Rangoon Lunatic Asylum 1878-1892 - 1878-1892
Year: 1878
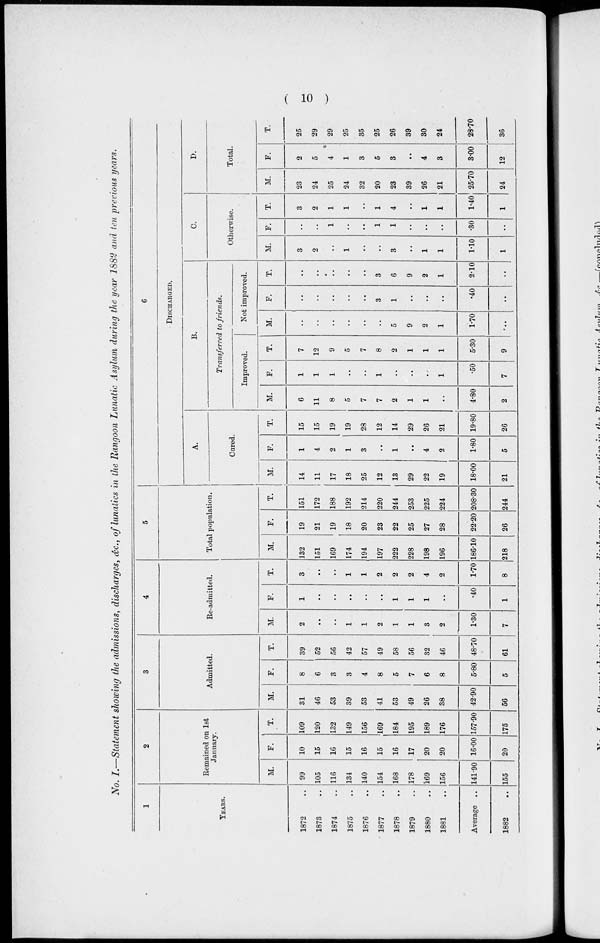
( 10 )
No. I.—Statement showing the admissions, discharges, &c., of lunatics in the Rangoon Lunatic Asylum during the year 1882 and ten previous years.
1
YEARS.
1872 ..
1873 ..
1874 ..
1875 ..
1876 ..
1877 ..
1878 ..
1879 ..
1880 ..
1881 ..
Average ..
1882 ..
2
Remained on 1st
January.
M.
99
105
116
134
140
154
168
178
169
156
141.90
155
F.
10
15
16
15
16
15
16
17
20
20
16.00
20
T.
109
120
132
149
156
169
184
195
189
176
157.90
175
3
Admitted.
M.
31
46
53
39
53
41
53
49
26
38
42.90
56
F.
8
6
3
3
4
8
5
7
6
8
5.80
5
T.
39
52
56
42
57
49
58
56
32
46
48.70
61
4
Re-admitted.
M.
2
..
..
1
1
2
1
1
3
2
1.30
7
F.
1
..
..
..
..
..
1
1
1
..
.40
1
T.
3
..
..
1
1
2
2
2
4
2
1.70
8
5
Total population.
M.
132
151
169
174
194
197
222
228
198
196
186.10
218
F.
19
21
19
18
20
23
22
25
27
28
22.20
26
T.
151
172
188
192
214
220
244
253
225
224
208.30
244
6
DISCHARGED.
A.
Cured.
M.
14
11
17
18
25
12
13
29
22
19
18.00
21
F.
1
4
2
1
3
..
1
..
4
2
1.80
5
T.
15
15
19
19
28
12
14
29
26
21
19.80
26
B.
Transferred to friends.
Improved.
M.
6
11
8
5
7
7
2
1
1
..
4.80
2
F.
1
1
1
..
..
1
..
..
..
1
.50
7
T.
7
12
9
5
7
8
2
1
1
1
5.30
9
Not improved.
M.
..
..
..
..
..
..
5
9
2
1
1.70
..
F.
..
..
..
..
..
3
1
..
..
..
.40
..
T.
..
..
..
..
..
3
6
9
2
1
2.10
..
C.
Otherwise.
M.
3
2
..
1
..
..
3
..
1
1
1.10
1
F.
..
..
1
..
..
1
1
..
..
..
.30
..
T.
3
2
1
1
..
1
4
..
1
1
1.40
1
D.
Total.
M.
23
24
25
24
32
20
23
39
26
21
25.70
24
F.
2
5
4
1
3
5
3
..
4
3
3.00
12
T.
25
29
29
25
35
25
26
39
30
24
28.70
36